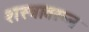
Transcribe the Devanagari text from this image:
शस्त्रावरून